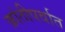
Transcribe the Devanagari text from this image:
क्रांतीपर्वात